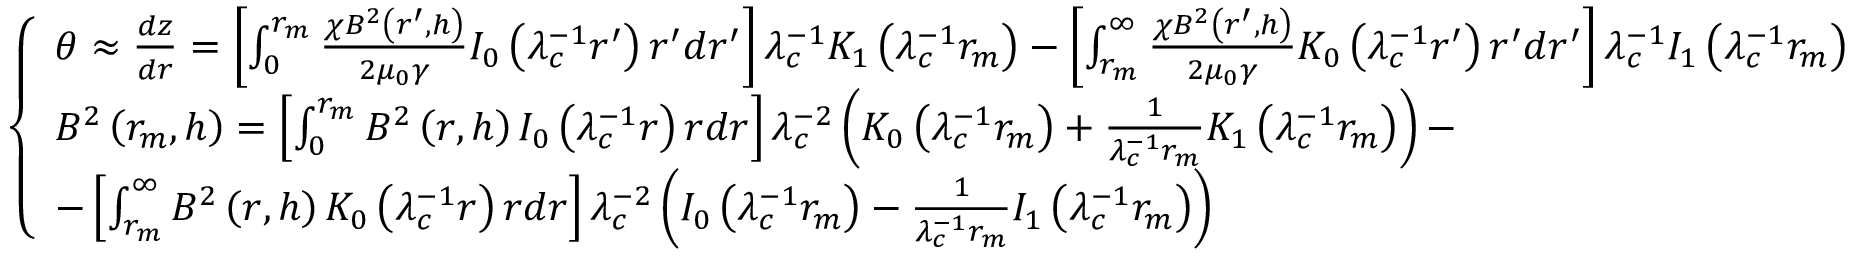
\left\{ \begin{array} { l l } { \theta \approx \frac { d z } { d r } = \left[ \int _ { 0 } ^ { r _ { m } } \frac { \chi B ^ { 2 } \left( r ^ { \prime } , h \right) } { 2 \mu _ { 0 } \gamma } I _ { 0 } \left( \lambda _ { c } ^ { - 1 } r ^ { \prime } \right) r ^ { \prime } d r ^ { \prime } \right] \lambda _ { c } ^ { - 1 } K _ { 1 } \left( \lambda _ { c } ^ { - 1 } r _ { m } \right) - \left[ \int _ { r _ { m } } ^ { \infty } \frac { \chi B ^ { 2 } \left( r ^ { \prime } , h \right) } { 2 \mu _ { 0 } \gamma } K _ { 0 } \left( \lambda _ { c } ^ { - 1 } r ^ { \prime } \right) r ^ { \prime } d r ^ { \prime } \right] \lambda _ { c } ^ { - 1 } I _ { 1 } \left( \lambda _ { c } ^ { - 1 } r _ { m } \right) } \\ { B ^ { 2 } \left( r _ { m } , h \right) = \left[ \int _ { 0 } ^ { r _ { m } } B ^ { 2 } \left( r , h \right) I _ { 0 } \left( \lambda _ { c } ^ { - 1 } r \right) r d r \right] \lambda _ { c } ^ { - 2 } \left( K _ { 0 } \left( \lambda _ { c } ^ { - 1 } r _ { m } \right) + \frac { 1 } { \lambda _ { c } ^ { - 1 } r _ { m } } K _ { 1 } \left( \lambda _ { c } ^ { - 1 } r _ { m } \right) \right) - } \\ { - \left[ \int _ { r _ { m } } ^ { \infty } B ^ { 2 } \left( r , h \right) K _ { 0 } \left( \lambda _ { c } ^ { - 1 } r \right) r d r \right] \lambda _ { c } ^ { - 2 } \left( I _ { 0 } \left( \lambda _ { c } ^ { - 1 } r _ { m } \right) - \frac { 1 } { \lambda _ { c } ^ { - 1 } r _ { m } } I _ { 1 } \left( \lambda _ { c } ^ { - 1 } r _ { m } \right) \right) } \end{array} \right.